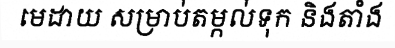
មេដាយ សម្រាប់តម្កល់ទុក និងតាំង